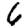
Digit: 6